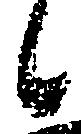
候